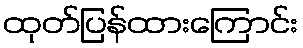
ထုတ်ပြန်ထားကြောင်း